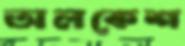
অলকেশ